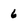
Character: 6